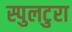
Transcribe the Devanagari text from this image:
स्पुलटुरा